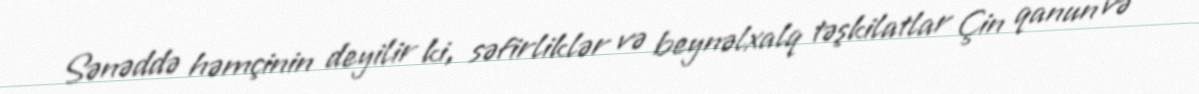
Sənəddə həmçinin deyilir ki, səfirliklər və beynəlxalq təşkilatlar Çin qanun və